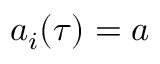
a _ { i } ( \tau ) = a